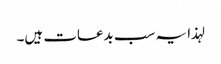
لہذا یہ سب بدعات ہیں۔